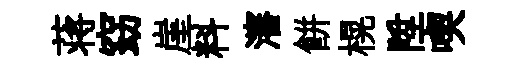
蒋窈崖料瀋餅榥陞喫